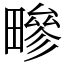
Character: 㽩